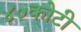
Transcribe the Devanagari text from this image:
४०कोटी